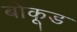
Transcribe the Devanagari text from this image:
बोकूड